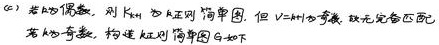
(c) 若 \(n\) 为偶数，则 \(K_{n,n}\) 为正则简单图，但 \(K_{2n + 1}\) 为奇数，故无完备匹配
若 \(n\) 为奇数，构造正则简单图 \(G\) 如下